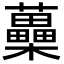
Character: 蘽